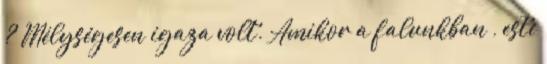
? Mélységesen igaza volt. Amikor a falunkban , este